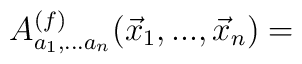
A^{(f)}_{a_1,...a_n}(\vec x_1,...,\vec x_n) =